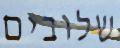
שלובים